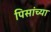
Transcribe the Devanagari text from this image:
पिसांच्या